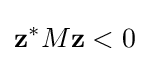
\mathbf {z} ^{*}M\mathbf {z} <0